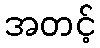
အတင့်